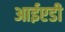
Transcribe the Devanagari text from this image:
आईएडी